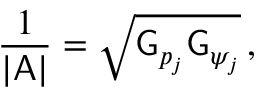
\frac { 1 } { | \mathsf { A } | } = \sqrt { \mathsf { G } _ { p _ { j } } \mathsf { G } _ { \psi _ { j } } } \, ,